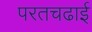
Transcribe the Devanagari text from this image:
परतचढाई